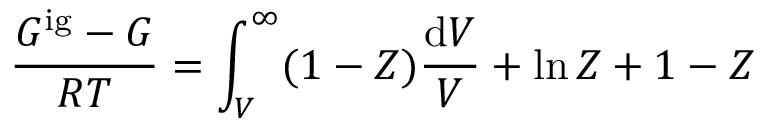
{ \frac { G ^ { \mathrm { i g } } - G } { R T } } = \int _ { V } ^ { \infty } ( 1 - Z ) { \frac { \mathrm { d } V } { V } } + \ln Z + 1 - Z